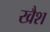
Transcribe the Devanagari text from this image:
खैश